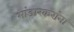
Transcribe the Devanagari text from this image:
भांडारकरांना